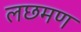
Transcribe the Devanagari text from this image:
लछमण